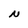
Character: N